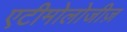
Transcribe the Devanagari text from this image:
एटीमोलोजीज़